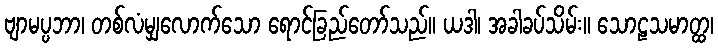
ဗျာမပ္ပဘာ၊ တစ်လံမျှလောက်သော ရောင်ခြည်တော်သည်။ ယဒါ၊ အခါခပ်သိမ်း။ သောဠသမာတ္ထ၊